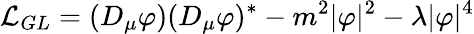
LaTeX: {\cal L}_{GL}=(D_{\mu}\varphi)(D_{\mu}\varphi)^{\ast}-m^{2}|\varphi|^{2}-\lambda|\varphi|^{4}